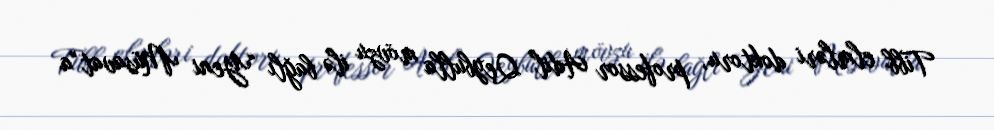
Tibb elmləri doktoru, professor Adil Qeybulla mövzu ilə bağlı “Yeni Müsavat”a